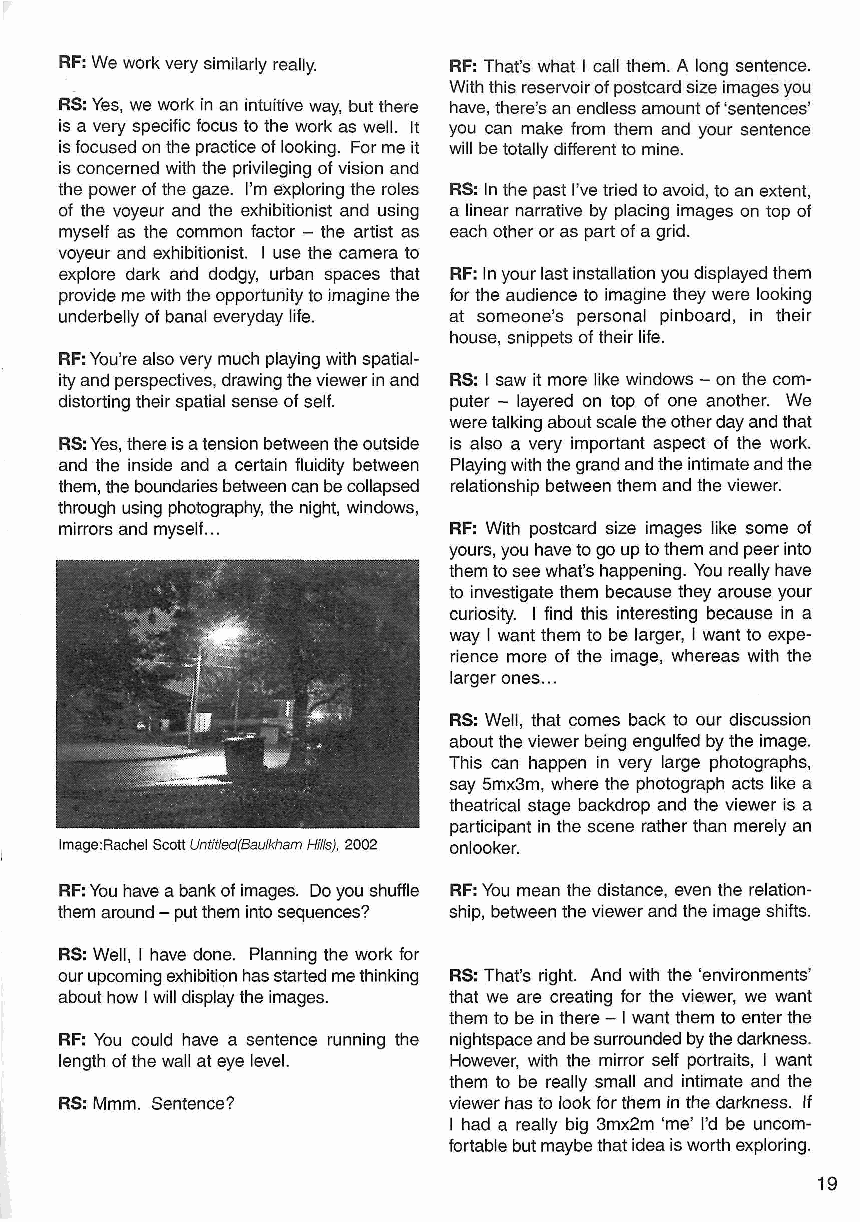
RF: We work very similarly really. RF: That's what I call them. A long sentence.
 With this reservoir of postcard size images you
 RS: Yes, we work in an intuitive way, but there have, there's an endless amount of 'sentences'
 is a very specific focus to the work as well. It you can make from them and your sentence
 is focused on the practice of looking. For me it will be totally different to mine.
 is concerned with the privileging of vision and
 the power of the gaze. I'm exploring the roles RS: In the past I've tried to avoid, to an extent,
 of the voyeur and the exhibitionist and using a linear narrative by placing images on top of
 myself as the common factor - the artist as each other or as part of a grid.
 voyeur and exhibitionist. I use the camera to
 explore dark and dodgy, urban spaces that RF: In your last installation you displayed them
 provide me with the opportunity to imagine the for the audience to imagine they were looking
 underbelly of banal everyday life. at someone's personal pinboard, in their
 house, snippets of their life.
 RF: You're also very much playing with spatial-
 ity and perspectives, drawing the viewer in and RS: I saw it more like windows - on the com
 distorting their spatial sense of self. puter - layered on top of one another. We
 were talking about scale the other day and that
 RS: Yes, there is a tension between the outside is also a very important aspect of the work.
 and the inside and a certain fluidity between Playing with the grand and the intimate and the
 them, the boundaries between can be collapsed relationship between them and the viewer.
 through using photography, the night, windows,
 mirrors and myself...     RF: With postcard size images like some of
 yours, you have to go up to them and peer into
 them to see what's happening. You really have
 to investigate them because they arouse your
 curiosity. I find this interesting because in a
 way I want them to be larger, I want to expe
 rience more of the image, whereas with the
 larger ones...
 RS: Well, that comes back to our discussion
 about the viewer being engulfed by the image.
 This can happen in very large photographs,
 say 5mx3m, where the photograph acts like a
 theatrical stage backdrop and the viewer is a
 participant in the scene rather than merely an
 lmage:Rachel Scott Untitled(Baulkham Hills), 2002 onlooker.
 RF: You have a bank of images. Do you shuffle RF: You mean the distance, even the relation
 them around - put them into sequences? ship, between the viewer and the image shifts.
 RS: Well, I have done. Planning the work for
 our upcoming exhibition has started me thinking RS: That's right. And with the 'environments'
 about how I will display the images. that we are creating for the viewer, we want
 them to be in there - I want them to enter the
 RF: You could have a sentence running the nightspace and be surrounded by the darkness.
 length of the wall at eye level. However, with the mirror self portraits, I want
 them to be really small and intimate and the
 RS: Mmm. Sentence?        viewer has to look for them in the darkness. If
 I had a really big 3mx2m 'me' I'd be uncom
 fortable but maybe that idea is worth exploring.
 19